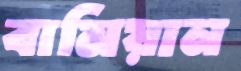
বামিয়ান